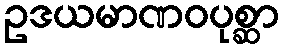
ဥဒယမာဏဝပုစ္ဆာ